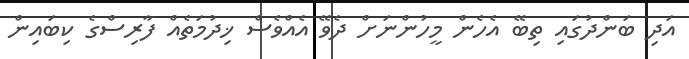
އަދި ބަންދުގައި ތިބޭ އެހެން މީހުންނަށް ދެވޭ އެއްވެސް ޚިދުމަތެއް ފާރިސްގެ ކިބައިން